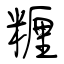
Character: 糎